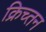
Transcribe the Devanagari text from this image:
क्रिच्तन